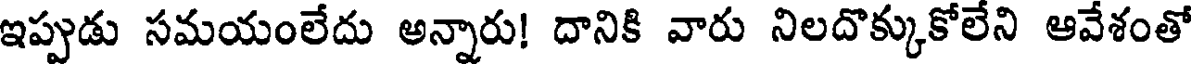
ఇప్పుడు సమయంలేదు అన్నారు! దానికి వారు నిలదొక్కుకోలేని ఆవేశంతో